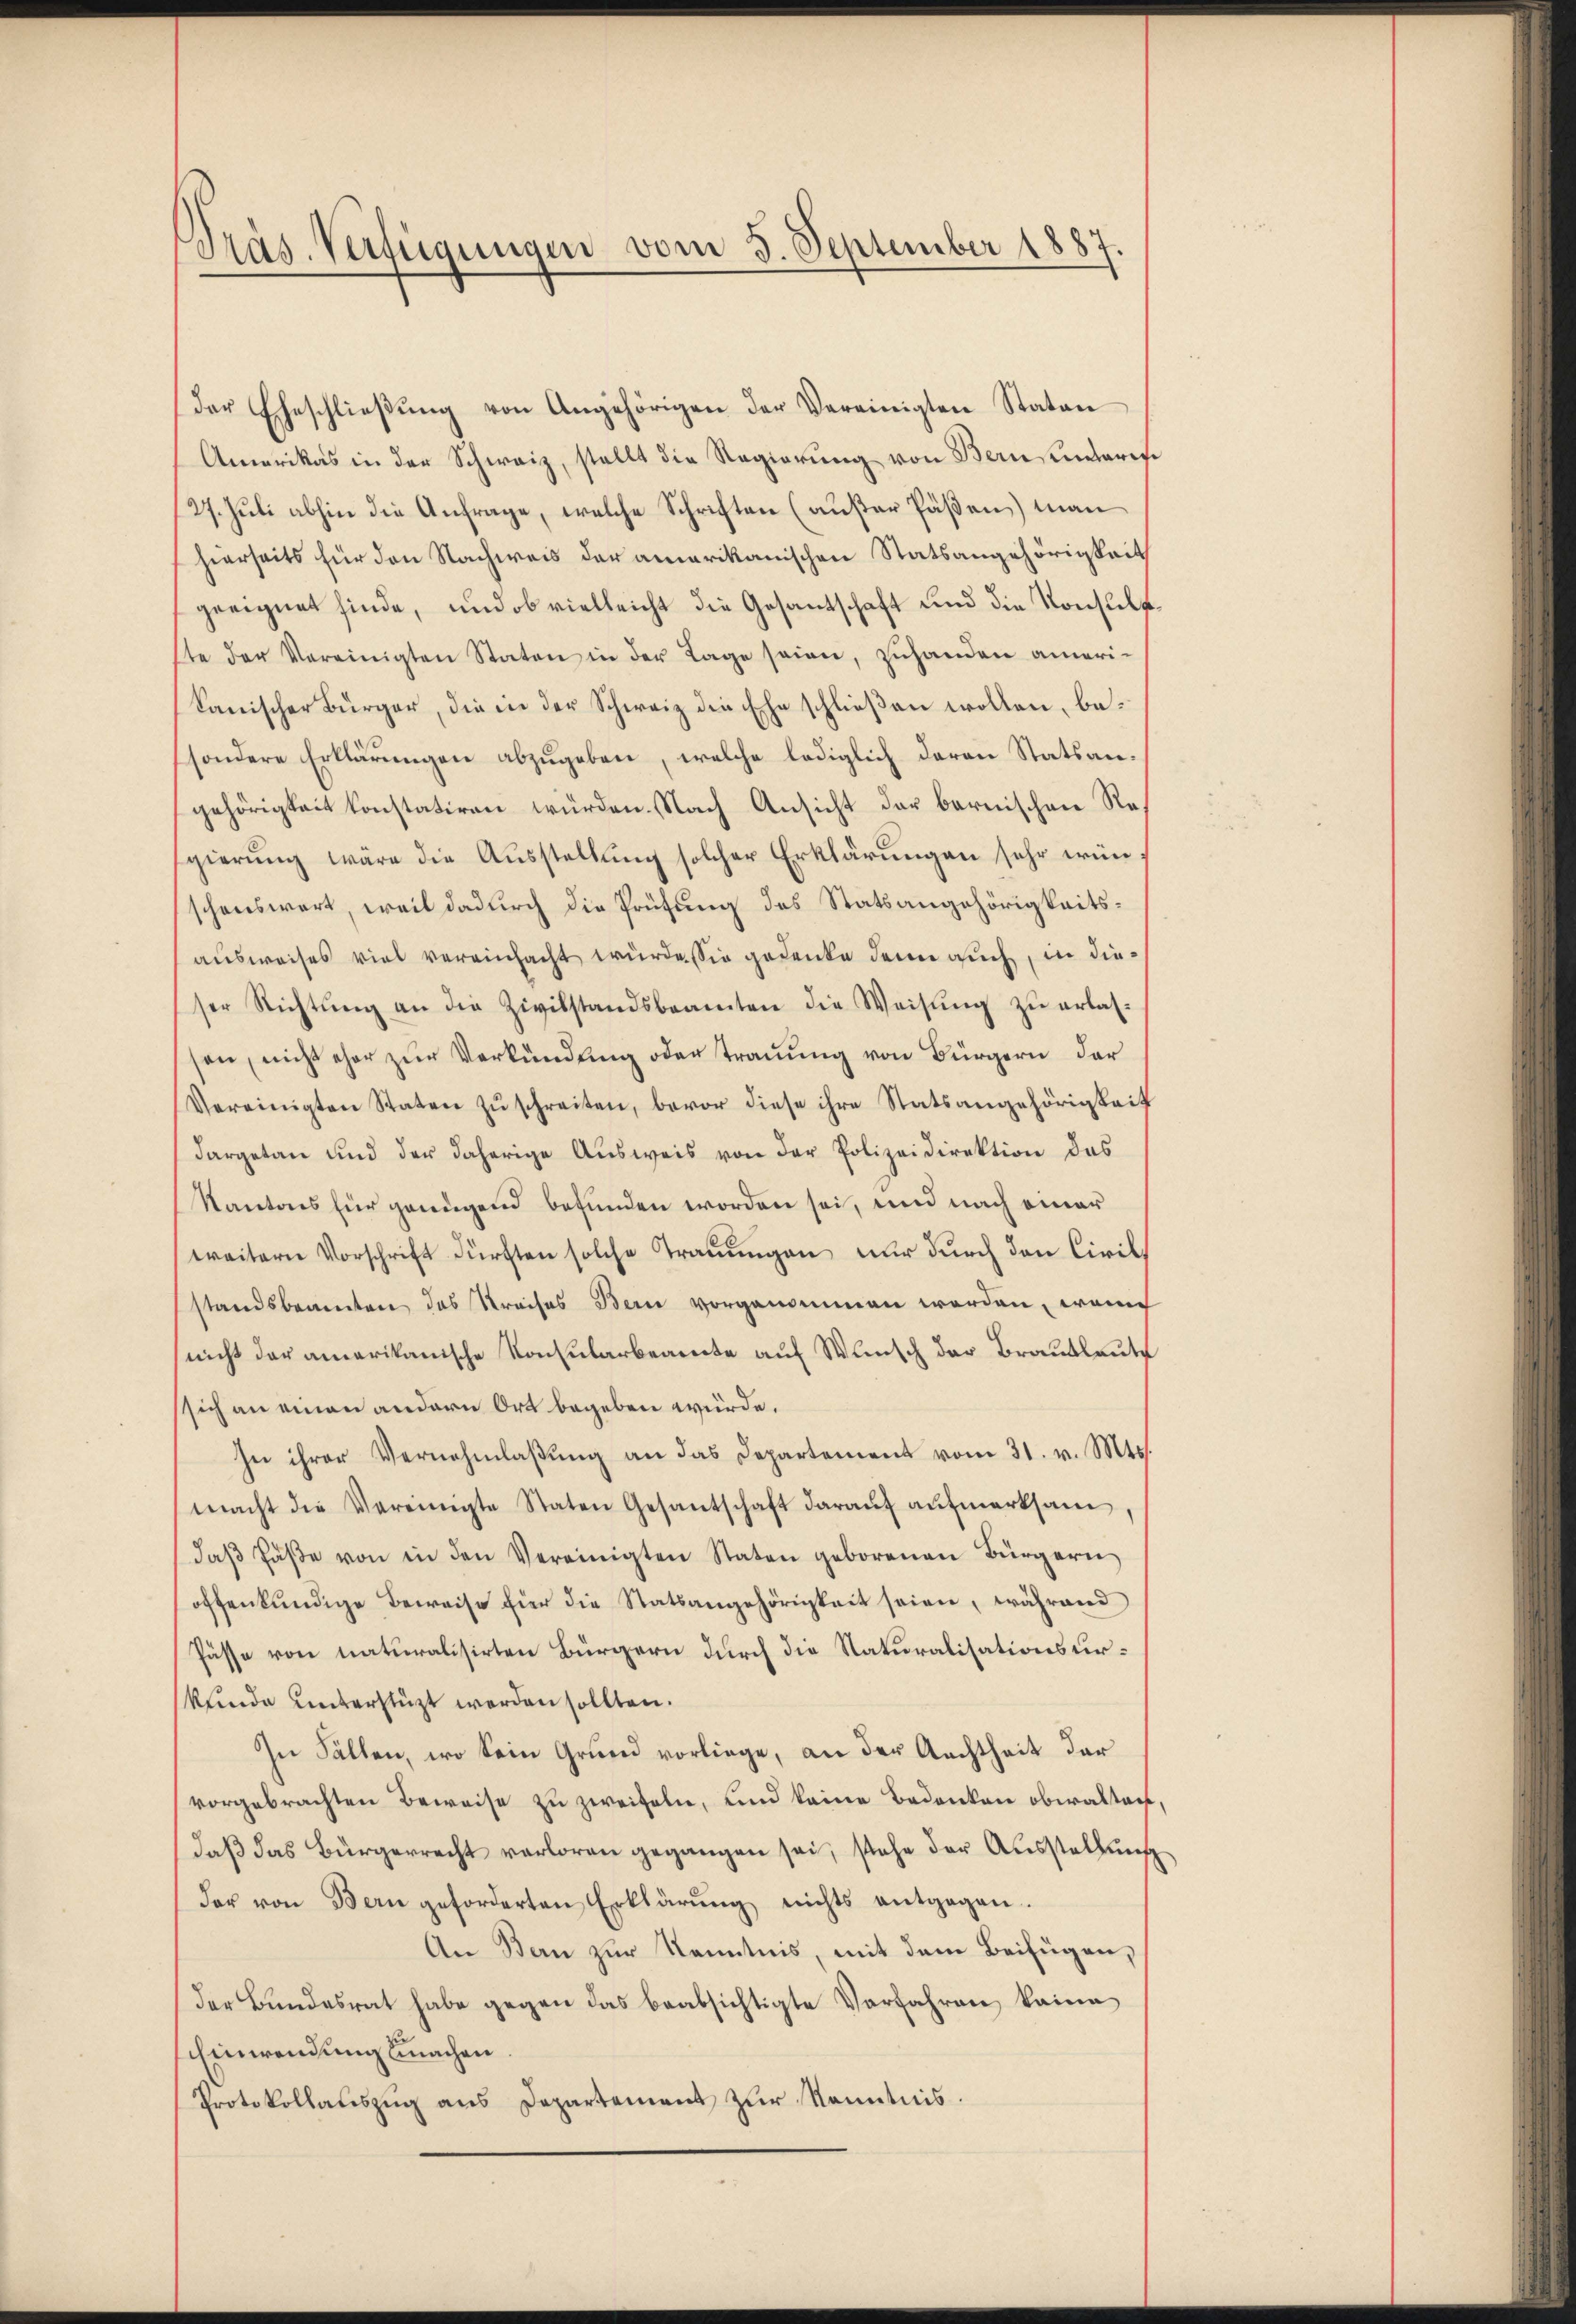
Präs. Verfügungen vom 5. September 1887

der Eheschlieβŭng von Angehörigen der Vereinigten Staton
Amerikas in der Schweiz, stellt die Regierung von Bernitaris
27. Juli abhin die Anfrage, welche Schriften (außer Päßen) man
hierseits für den Nachweis der amarikanischen Statsangehörigkeit
geeignet finde, und ob vielleicht die Gesantschaft und die Konsult
ste der Vereinigten Staten in der Tage seien, zŭhanden ameri-
kanischer Bürger, die in der Schweiz die Ehe schließen wollen, besondere Erklärŭngen abzŭgeben, welche lediglich daran Statsangehörigkeit konstatiren würden. Nach Ansicht der bernischen Regierung wäre die Ausstellung solcher Erklärungen sehr wünschenswert, weil dadurch die Prüfung des Statsangehörigkeitsausweises viel vereinfacht wurde sie gedenke denn auch, in dieser Richtŭng an die Zivilstandsbeamten die Weisŭng zŭ erlas-
son, nicht eher zur Verkündung oder Trauung von Bürgern der
Vereinigten Staten zŭschreiten, bevor diese ihre Statsangehörigkeit
dargetan und der daherige Ausweis von der Polizeidirektion das
Kantons für genügend befunden worden sei, und nach einer
weitern Vorschrift dürften solche Trauungen nur durch den Civilstandsbeamten des Kreises Bern vorgenommen worden, weni
(nicht der amerikanische Konsularbeamte auf Wunsch der Brautleute
sich an einen andern Ort begeben würde.
In ihrer Vernehmlaßung an das Departement vom 31. v. Mts.
macht die Vereinigte Staten Gesantschaft daraŭf aŭfmerksam,
daβ Paβe von in den Vereinigten Staten geborenen Bürgern
offenkundige Beweise Eier die Statsangehörigkeit seien, während
Pässe von naturalisirten Bürgern durch die Naturalisationsurkunde unterstüzt werden sollten.
In Fällen, wo kein Grund vorliege, an der Aachtheit der
vorgebrachten Beweise zu zweifeln, und keine Bedenken obwalten
daß das Bürgerrecht verloren gegangen sei, stehe der Ausstellung
dar von Bern geforderten Erklärŭng nichts entgegen.
An Bau zur Kenntnis, mit dem Beifügen,
der Bundesrat habe gegen das beabsichtigte Verfahren keine
Einwendung machen.
Protokollauszug aus Departement zur Kenntnis.